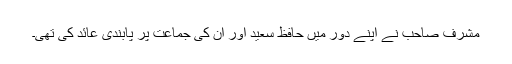
مشرف صاحب نے اپنے دور میں حافظ سعید اور ان کی جماعت پر پابندی عائد کی تھی۔